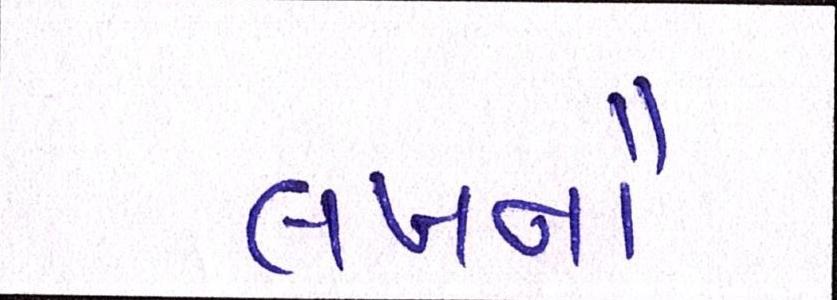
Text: લખનૌ